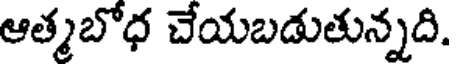
ఆత్మబోధ చేయబడుతున్నది.